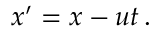
x ^ { \prime } = x - u t \, .